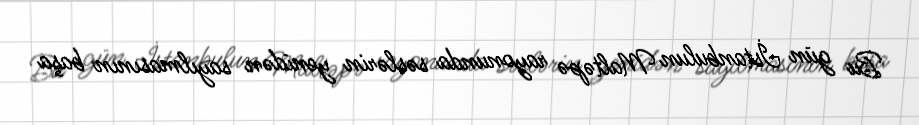
Bu gün İstanbulun Maltəpə rayonunda səslərin yenidən sayılmasının başa